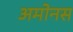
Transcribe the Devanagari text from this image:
अमोनस